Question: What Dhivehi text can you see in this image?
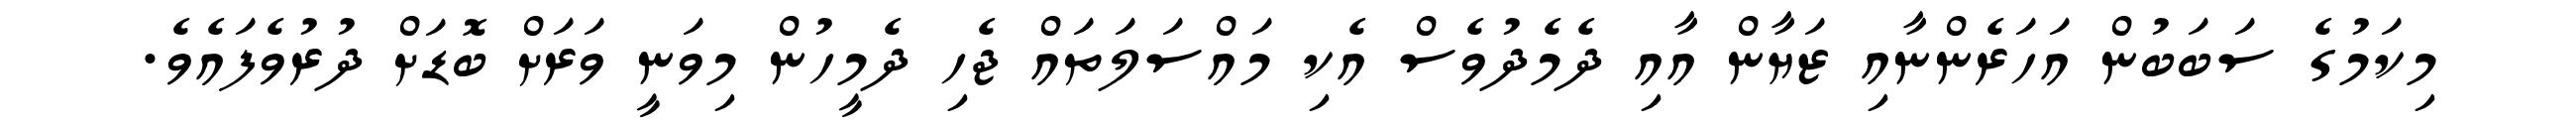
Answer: މިކަމުގެ ސަބަބުން އަހަރެންނާއި ޒަޔާން އާއި ދެމެދުވެސް އެކި މައްސަލަތައް ޖެހި ދެމީހުން މިވަނީ ވަރަށް ބޮޑަށް ދުރުވެފައެވެ.